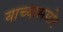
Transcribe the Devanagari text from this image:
याच्यासमोर